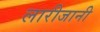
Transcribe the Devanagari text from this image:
लारीजानी